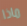
ماذا